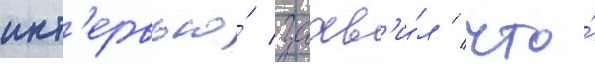
инт'ервью́ заав'и́л / что́